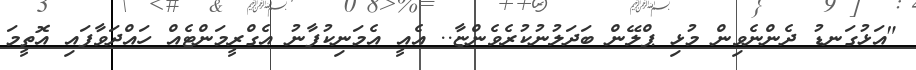
"އަޅުގަނޑު ދެންނެވިން މުޅި ޕްލޭން ބަދަލުނުކުރެވެންޏާ.. އެއީ އެމަނިކުފާނު އެގްރީމަންޓެއް ހައްދަވާފައި އޮތީމަ